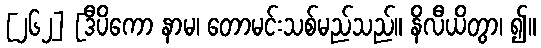
[၂၆၂] [ဒီပိကော နာမ၊ တောမင်းသစ်မည်သည်။ နိလီယိတွာ၊ ၍။